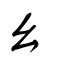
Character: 幺